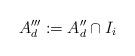
LaTeX: \begin{align*}A_d''':= A_d'' \cap I_i\end{align*}